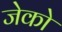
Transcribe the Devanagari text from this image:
जेको